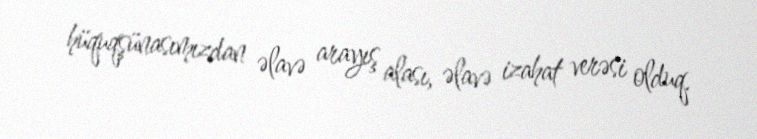
hüquqşünasımızdan əlavə arayış alası, əlavə izahat verəsi olduq.